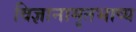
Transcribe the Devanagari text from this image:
विज्ञानामृतभाष्य